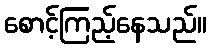
စောင့်ကြည့်နေသည်။